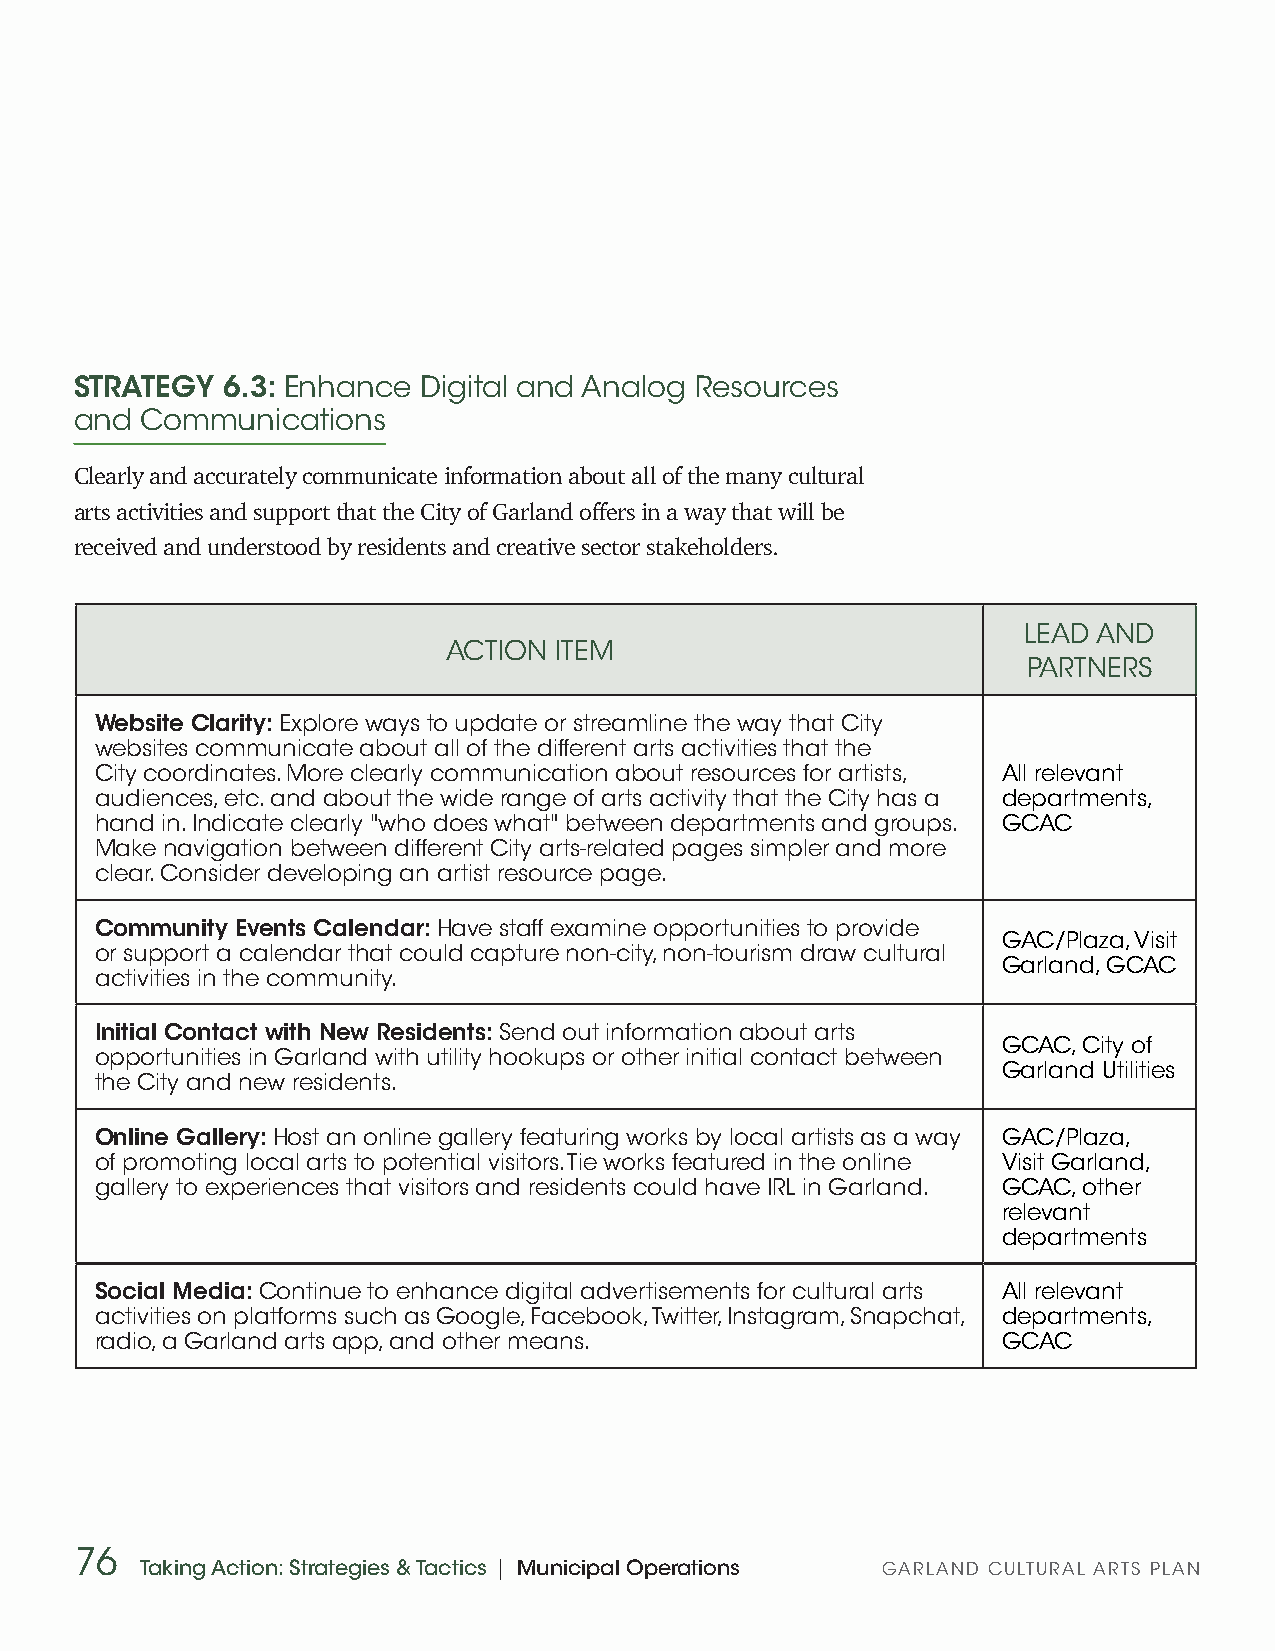
STRATEGY  6.3: Enhance Digital and Analog Resources
 and Communications
 Clearly and accurately communicate information about all of the many cultural
 arts activities and support that the City of Garland offers in a way that will be
 received and understood by residents and creative sector stakeholders.
 LEAD AND
 ACTION ITEM
 PARTNERS
 Website Clarity: Explore ways to update or streamline the way that City
 websites communicate about all of the different arts activities that the
 City coordinates. More clearly communication about resources for artists, All relevant
 audiences, etc. and about the wide range of arts activity that the City has a departments,
 hand in. Indicate clearly "who does what" between departments and groups. GCAC
 Make navigation between different City arts-related pages simpler and more
 clear. Consider developing an artist resource page.
 Community Events Calendar: Have staff examine opportunities to provide
 GAC/Plaza, Visit
 or support a calendar that could capture non-city, non-tourism draw cultural
 Garland, GCAC
 activities in the community.
 Initial Contact with New Residents: Send out information about arts
 GCAC, City of
 opportunities in Garland with utility hookups or other initial contact between
 Garland Utilities
 the City and new residents.
 Online Gallery: Host an online gallery featuring works by local artists as a way GAC/Plaza,
 of promoting local arts to potential visitors. Tie works featured in the online Visit Garland,
 gallery to experiences that visitors and residents could have IRL in Garland. GCAC, other
 relevant
 departments
 Social Media: Continue to enhance digital advertisements for cultural arts All relevant
 activities on platforms such as Google, Facebook, Twitter, Instagram, Snapchat, departments,
 radio, a Garland arts app, and other means.                 GCAC
 76
 Taking Action: Strategies & Tactics | Municipal Operations GARLAND CULTURAL ARTS PLAN